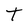
Character: t